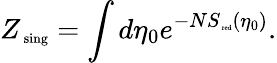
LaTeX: Z_{\mathrm{\scriptsize~sing}}=\int d\eta_{0}e^{-NS_{\mathrm{\tiny~red}}(\eta_{0})}.